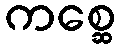
ကစ္ဆေ